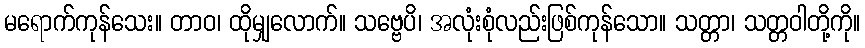
မရောက်ကုန်သေး။ တာဝ၊ ထိုမျှလောက်။ သဗ္ဗေပိ၊ အလုံးစုံလည်းဖြစ်ကုန်သော။ သတ္တာ၊ သတ္တဝါတို့ကို။